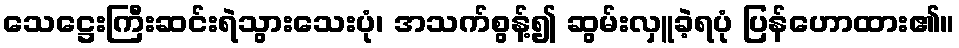
သေဋ္ဌေးကြီးဆင်းရဲသွားသေးပုံ၊ အသက်စွန့်၍ ဆွမ်းလှူခဲ့ရပုံ ပြန်ဟောထား၏။